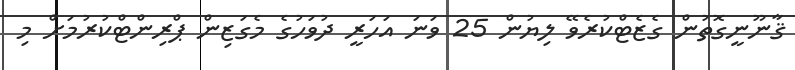
ޤާނޫނީގޮތުން ގެޒެޓްކުރެވޭ ލިޔުން 25 ވަނަ އަހަރީ ދުވަހުގެ މެގަޒިން ޕްރިންޓްކުރުމަށް މި